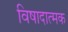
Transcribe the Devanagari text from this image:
विषादात्मक